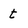
Character: t